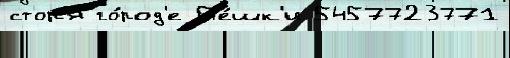
стор'я го́род'е П'е́шк'и 5457723771